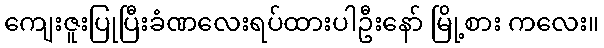
ကျေးဇူးပြုပြီးခံဏလေးရပ်ထားပါဦးနော် မြို့စား ကလေး။